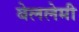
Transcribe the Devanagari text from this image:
बेललेमी